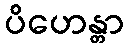
ပိဟေန္တာ